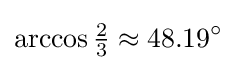
\arccos {\tfrac {2}{3}}\approx 48.19^{\circ }